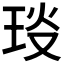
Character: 𤥎